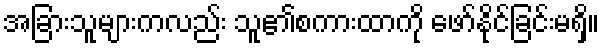
အခြားသူများကလည်း သူ၏စကားထာကို ဖော်နိုင်ခြင်းမရှိ။